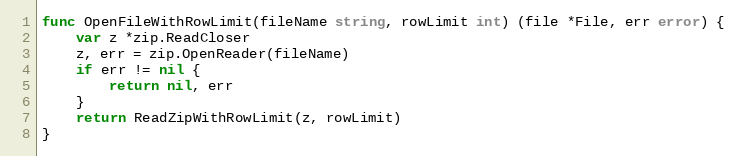
Language: Go
func OpenFileWithRowLimit(fileName string, rowLimit int) (file *File, err error) {
	var z *zip.ReadCloser
	z, err = zip.OpenReader(fileName)
	if err != nil {
		return nil, err
	}
	return ReadZipWithRowLimit(z, rowLimit)
}